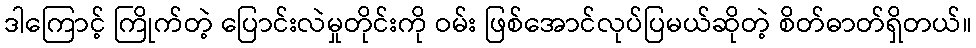
ဒါကြောင့် ကြိုက်တဲ့ ပြောင်းလဲမှုတိုင်းကို ဝမ်း ဖြစ်အောင်လုပ်ပြမယ်ဆိုတဲ့ စိတ်ဓာတ်ရှိတယ်။